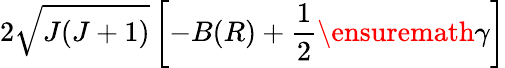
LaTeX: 2\sqrt{J(J+1)}\left[-B(R)+\frac{1}{2}\ensuremath{\gamma}\right]